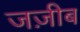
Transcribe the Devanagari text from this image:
जज़ीब